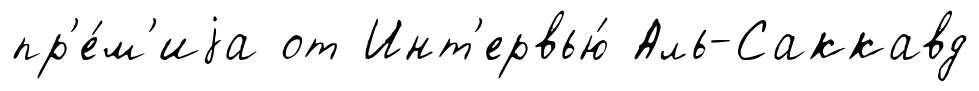
пр'е́м'иjа от Инт'ервью́ Аль-Саккавд